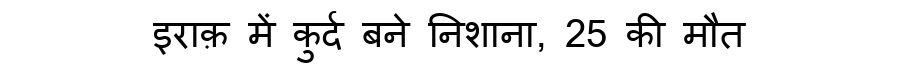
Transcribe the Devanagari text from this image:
इराक़ में कुर्द बने निशाना, 25 की मौत